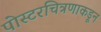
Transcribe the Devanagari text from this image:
पोस्टरचित्रणाकडून